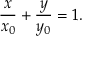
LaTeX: { \frac { x } { x _ { 0 } } } + { \frac { y } { y _ { 0 } } } = 1 .